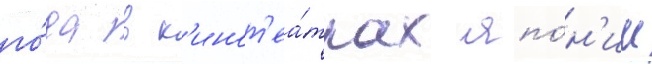
го́да в к'инот'еа́трах япо́н'ии